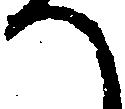
へ